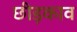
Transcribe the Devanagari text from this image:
छीड़काव